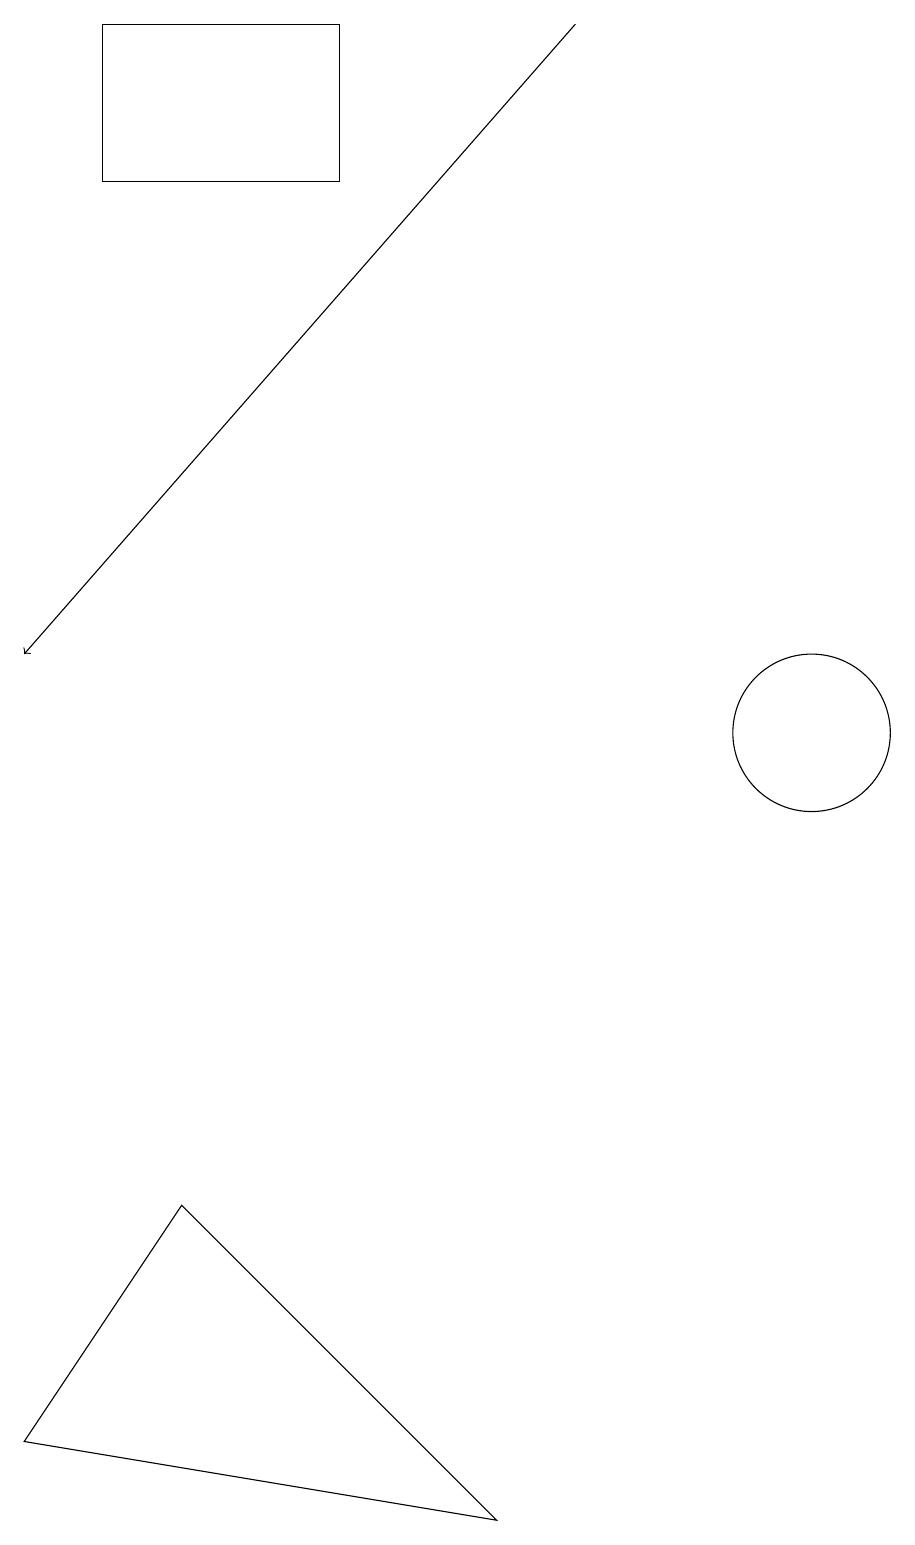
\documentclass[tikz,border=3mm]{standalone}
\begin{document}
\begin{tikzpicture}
\draw (11,10) circle (1);
\draw (2,17) rectangle (5,19);
\draw[->] (8,19) -- (1,11);
\draw (7,0) -- (1,1) -- (3,4) -- cycle;
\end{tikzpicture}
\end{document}